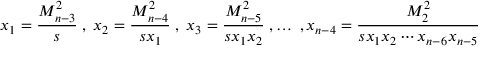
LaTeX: x _ { 1 } = \frac { M _ { n - 3 } ^ { 2 } } { s } \; , \; x _ { 2 } = \frac { M _ { n - 4 } ^ { 2 } } { s x _ { 1 } } \; , \; x _ { 3 } = \frac { M _ { n - 5 } ^ { 2 } } { s x _ { 1 } x _ { 2 } } \; , \ldots \; , x _ { n - 4 } = \frac { M _ { 2 } ^ { 2 } } { s x _ { 1 } x _ { 2 } \cdots x _ { n - 6 } x _ { n - 5 } }